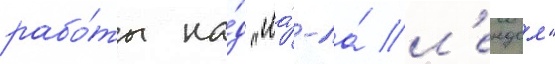
рабо́ты на́д "ла́-ла́ л'ендом"